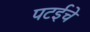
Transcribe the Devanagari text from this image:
पटईचे